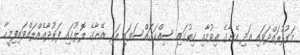
މަގުފުރައްދަވައި އަދި އޭނާގެ އިވުމާއި ހިތުގައި ސިއްކަގައްސަވައި އަދި އޭނާގެ ލޮލުގައި ފަރުދާއެއްލައްވައިފިމީހާ